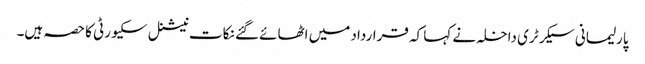
پارلیمانی سیکرٹری داخلہ نے کہا کہ قرارداد میں اٹھائے گئے نکات نیشنل سکیورٹی کا حصہ ہیں۔